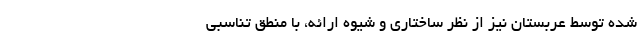
شده توسط عربستان نیز از نظر ساختاری و شیوه ارائه، با منطق تناسبی